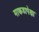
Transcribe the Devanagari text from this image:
माकडापेक्षा